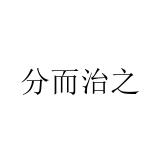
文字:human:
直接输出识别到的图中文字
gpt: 分而治之